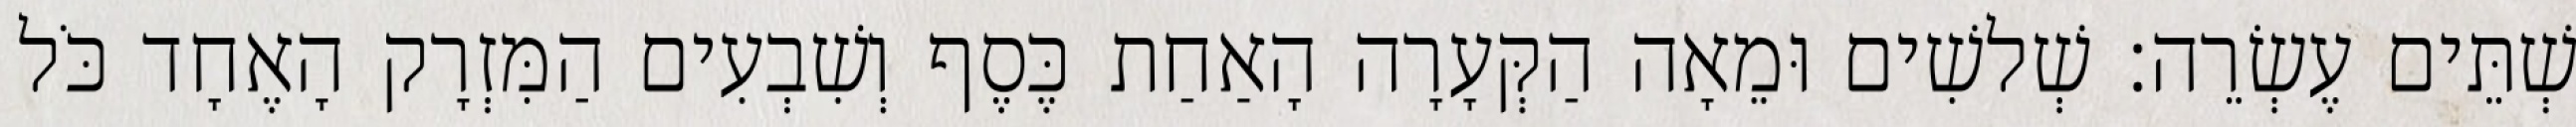
שְׁתֵּים עֶשְׂרֵה׃ שְׁלשִׁים וּמֵאָה הַקְּעָרָה הָאַחַת כֶּסֶף וְשִׁבְעִים הַמִּזְרָק הָאֶחָד כֹּל